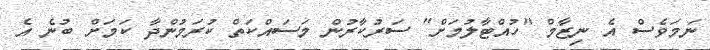
ނަމަވެސް އެ ނިޒާމް "ހުއްޓާލުމަށް" ސަރުކާރުން މަސައްކަތް ކުރަމުންދާ ކަމަށް ބުނެ އެ